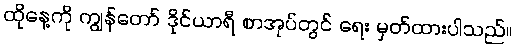
ထိုနေ့ကို ကျွန်တော် ဒိုင်ယာရီ စာအုပ်တွင် ရေး မှတ်ထားပါသည်။